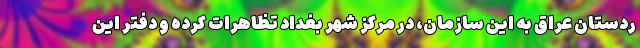
ردستان عراق به این سازمان، در مرکز شهر بغداد تظاهرات کرده و دفتر این